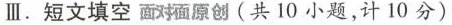
Ⅲ.短文填空 面对面原创(共 10小题,计 10 分)